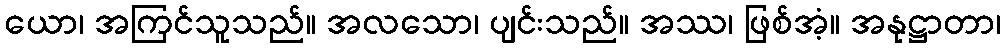
ယော၊ အကြင်သူသည်။ အလသော၊ ပျင်းသည်။ အဿ၊ ဖြစ်အံ့။ အနုဋ္ဌာတာ၊